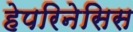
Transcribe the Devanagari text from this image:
हेपरिनेसिस